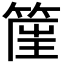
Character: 𥮟